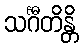
သင်္ဂီတိန္တိ